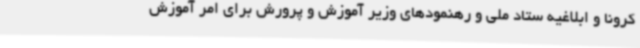
کرونا و ابلاغیه ستاد ملی و رهنمودهای وزیر آموزش و پرورش برای امر آموزش